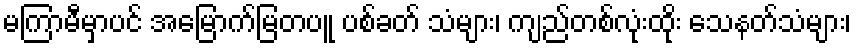
မကြာမီမှာပင် အမြောက်မြတပူ ပစ်ခတ် သံများ၊ ကျည်တစ်လုံးထိုး သေနတ်သံများ၊